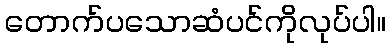
တောက်ပသောဆံပင်ကိုလုပ်ပါ။